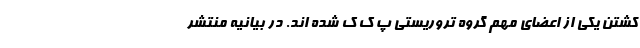
کشتن یکی از اعضای مهم گروه تروریستی پ ک ک شده اند. در بیانیه منتشر